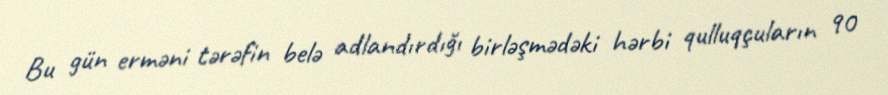
Bu gün erməni tərəfin belə adlandırdığı birləşmədəki hərbi qulluqçuların 90